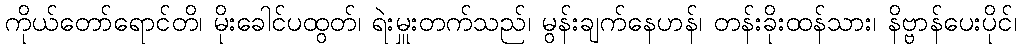
ကိုယ်တော်ရောင်တိ၊ မိုးခေါင်ပထွတ်၊ ရဲးမှူးတက်သည်၊ မွန်းချက်နေဟန်၊ တန်းခိုးထန်သား၊ နိဗ္ဗာန်ပေးပိုင်၊